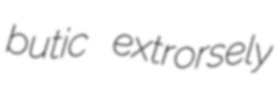
butic extrorsely